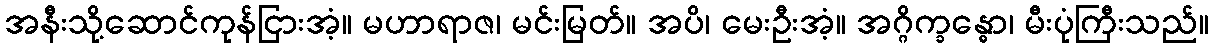
အနီးသို့ဆောင်ကုန်ငြားအံ့။ မဟာရာဇ၊ မင်းမြတ်။ အပိ၊ မေးဦးအံ့။ အဂ္ဂိက္ခန္ဓော၊ မီးပုံကြီးသည်။